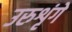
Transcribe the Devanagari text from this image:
उरुशृंगे